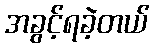
အခွင့်ရခဲ့တယ်